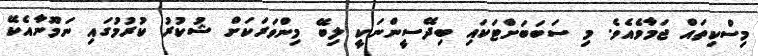
މިސްކިތައް ޖަމާވެއެވެ. މި ސަބަބަށްޓަކައި ބިދޭސީންނަކީ ލިބޭ މިންވަރަކަށް ޝުކުރު ކުރުމުގައި ނަމޫނާއެކޭ